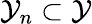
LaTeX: \mathcal{Y}_{n}\subset\mathcal{Y}